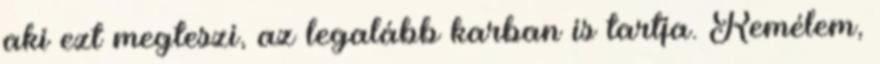
aki ezt megteszi, az legalább karban is tartja. Remélem,